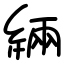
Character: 緉